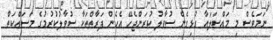
ނަމަވެސް މި މައްސަލައާ ގުޅިގެން ސުވާލު ކުރަންޖެހޭ އެހެން ފަރާތްތަކާ ސުވާލުކުރުމުގެ މަސައްކަތް